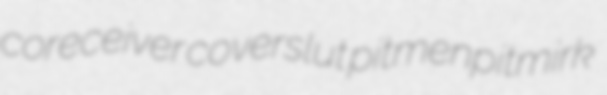
coreceiver coverslut pitmenpitmirk